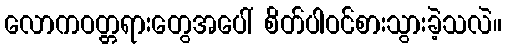
လောကဝတ္တရားတွေအပေါ် စိတ်ပါဝင်စားသွားခဲ့သလဲ။